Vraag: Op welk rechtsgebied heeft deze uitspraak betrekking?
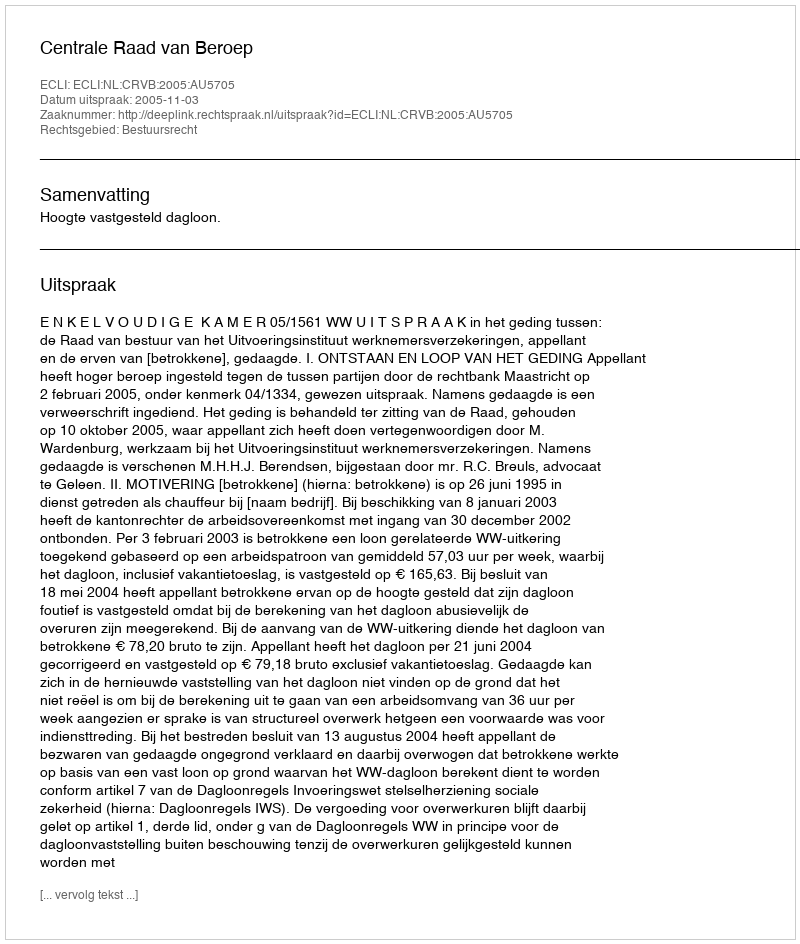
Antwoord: Bestuursrecht